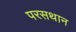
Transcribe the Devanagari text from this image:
परसथान